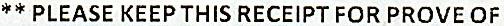
** PLEASE KEEP THIS RECEIPT FOR PROVE OF